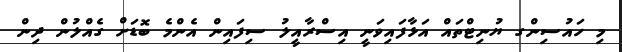
މި ހައުސިންގ ޔުނިޓްތައް އަޅާފައިވަނީ އިސްރާއީލު ސިފައިން އެންމެ ބޮޑަށް ގެއްލުން ދިން